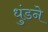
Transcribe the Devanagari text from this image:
धुंडने